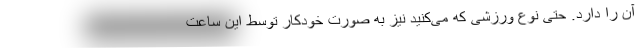
آن را دارد. حتی نوع ورزشی که می‌کنید نیز به صورت خودکار توسط این ساعت